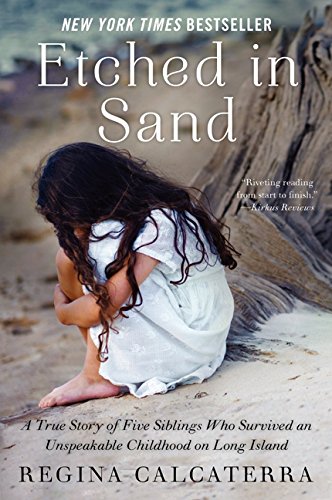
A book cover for Etched in Sand: A True Story of Five Siblings Who Survived an Unspeakable Childhood on Long Island; Regina Calcaterra; Parenting & Relationships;